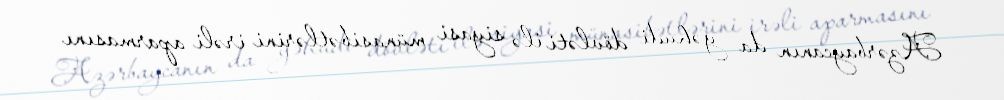
Azərbaycanın da yəhudi dövləti ilə siyasi münasibətlərini irəli aparmasını